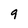
Character: 9